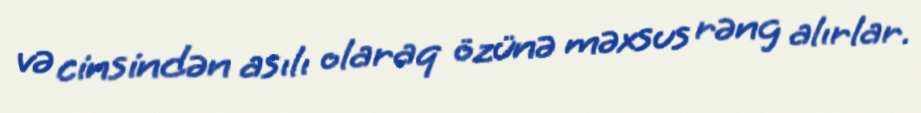
və cinsindən asılı olaraq özünə məxsus rəng alırlar.